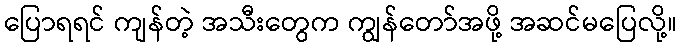
ပြောရရင် ကျန်တဲ့ အသီးတွေက ကျွန်တော်အဖို့ အဆင်မပြေလို့။